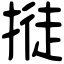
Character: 𢲛